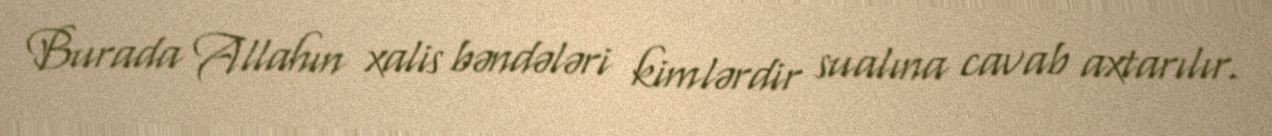
Burada Allahın xalis bəndələri kimlərdir sualına cavab axtarılır.